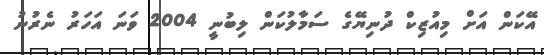
އޭކަން އަށް މިއުޒިކް ދުނިޔޭގެ ސަމާލުކަން ލިބުނީ 2004 ވަނަ އަހަރު ނެރުނު